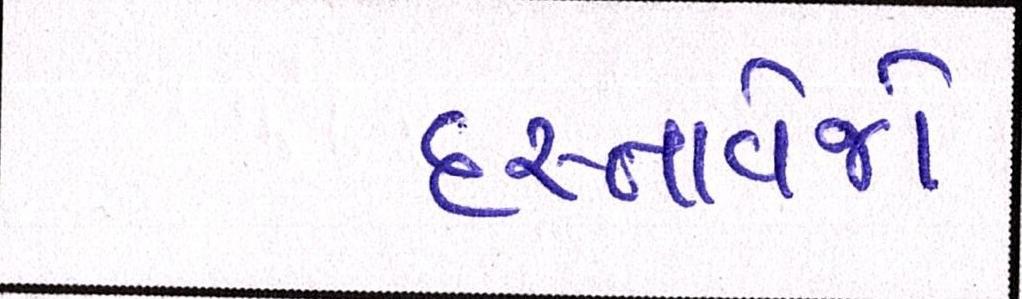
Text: દસ્તાવેજો